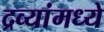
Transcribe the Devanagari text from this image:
द्रव्यांमध्ये